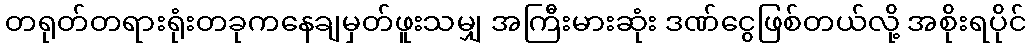
တရုတ်တရားရုံးတခုကနေချမှတ်ဖူးသမျှ အကြီးမားဆုံး ဒဏ်ငွေဖြစ်တယ်လို့ အစိုးရပိုင်